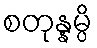
စတုန္နမ္ပိ